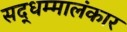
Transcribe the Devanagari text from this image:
सद्धम्मालंकार